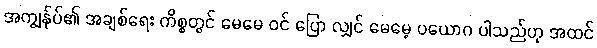
အကျွန်ုပ်၏ အချစ်ရေး ကိစ္စတွင် မေမေ ဝင် ပြော လျှင် မေမေ့ ပယောဂ ပါသည်ဟု အထင်